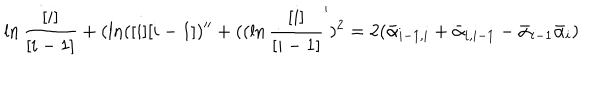
\dot { \ln { \frac { [ i ] } { [ i - 1 ] } } } + ( \ln ( [ i ] [ i - 1 ] ) ^ { \prime \prime } + ( ( \ln { \frac { [ i ] } { [ i - 1 ] } } ^ { \prime } ) ^ { 2 } = 2 ( \bar { \alpha } _ { i - 1 , i } + \bar { \alpha } _ { i , i - 1 } - \bar { \alpha } _ { i - 1 } \bar { \alpha } _ { i } )